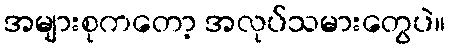
အများစုကတော့ အလုပ်သမားတွေပဲ။